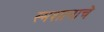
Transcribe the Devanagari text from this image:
स्मशानाचे